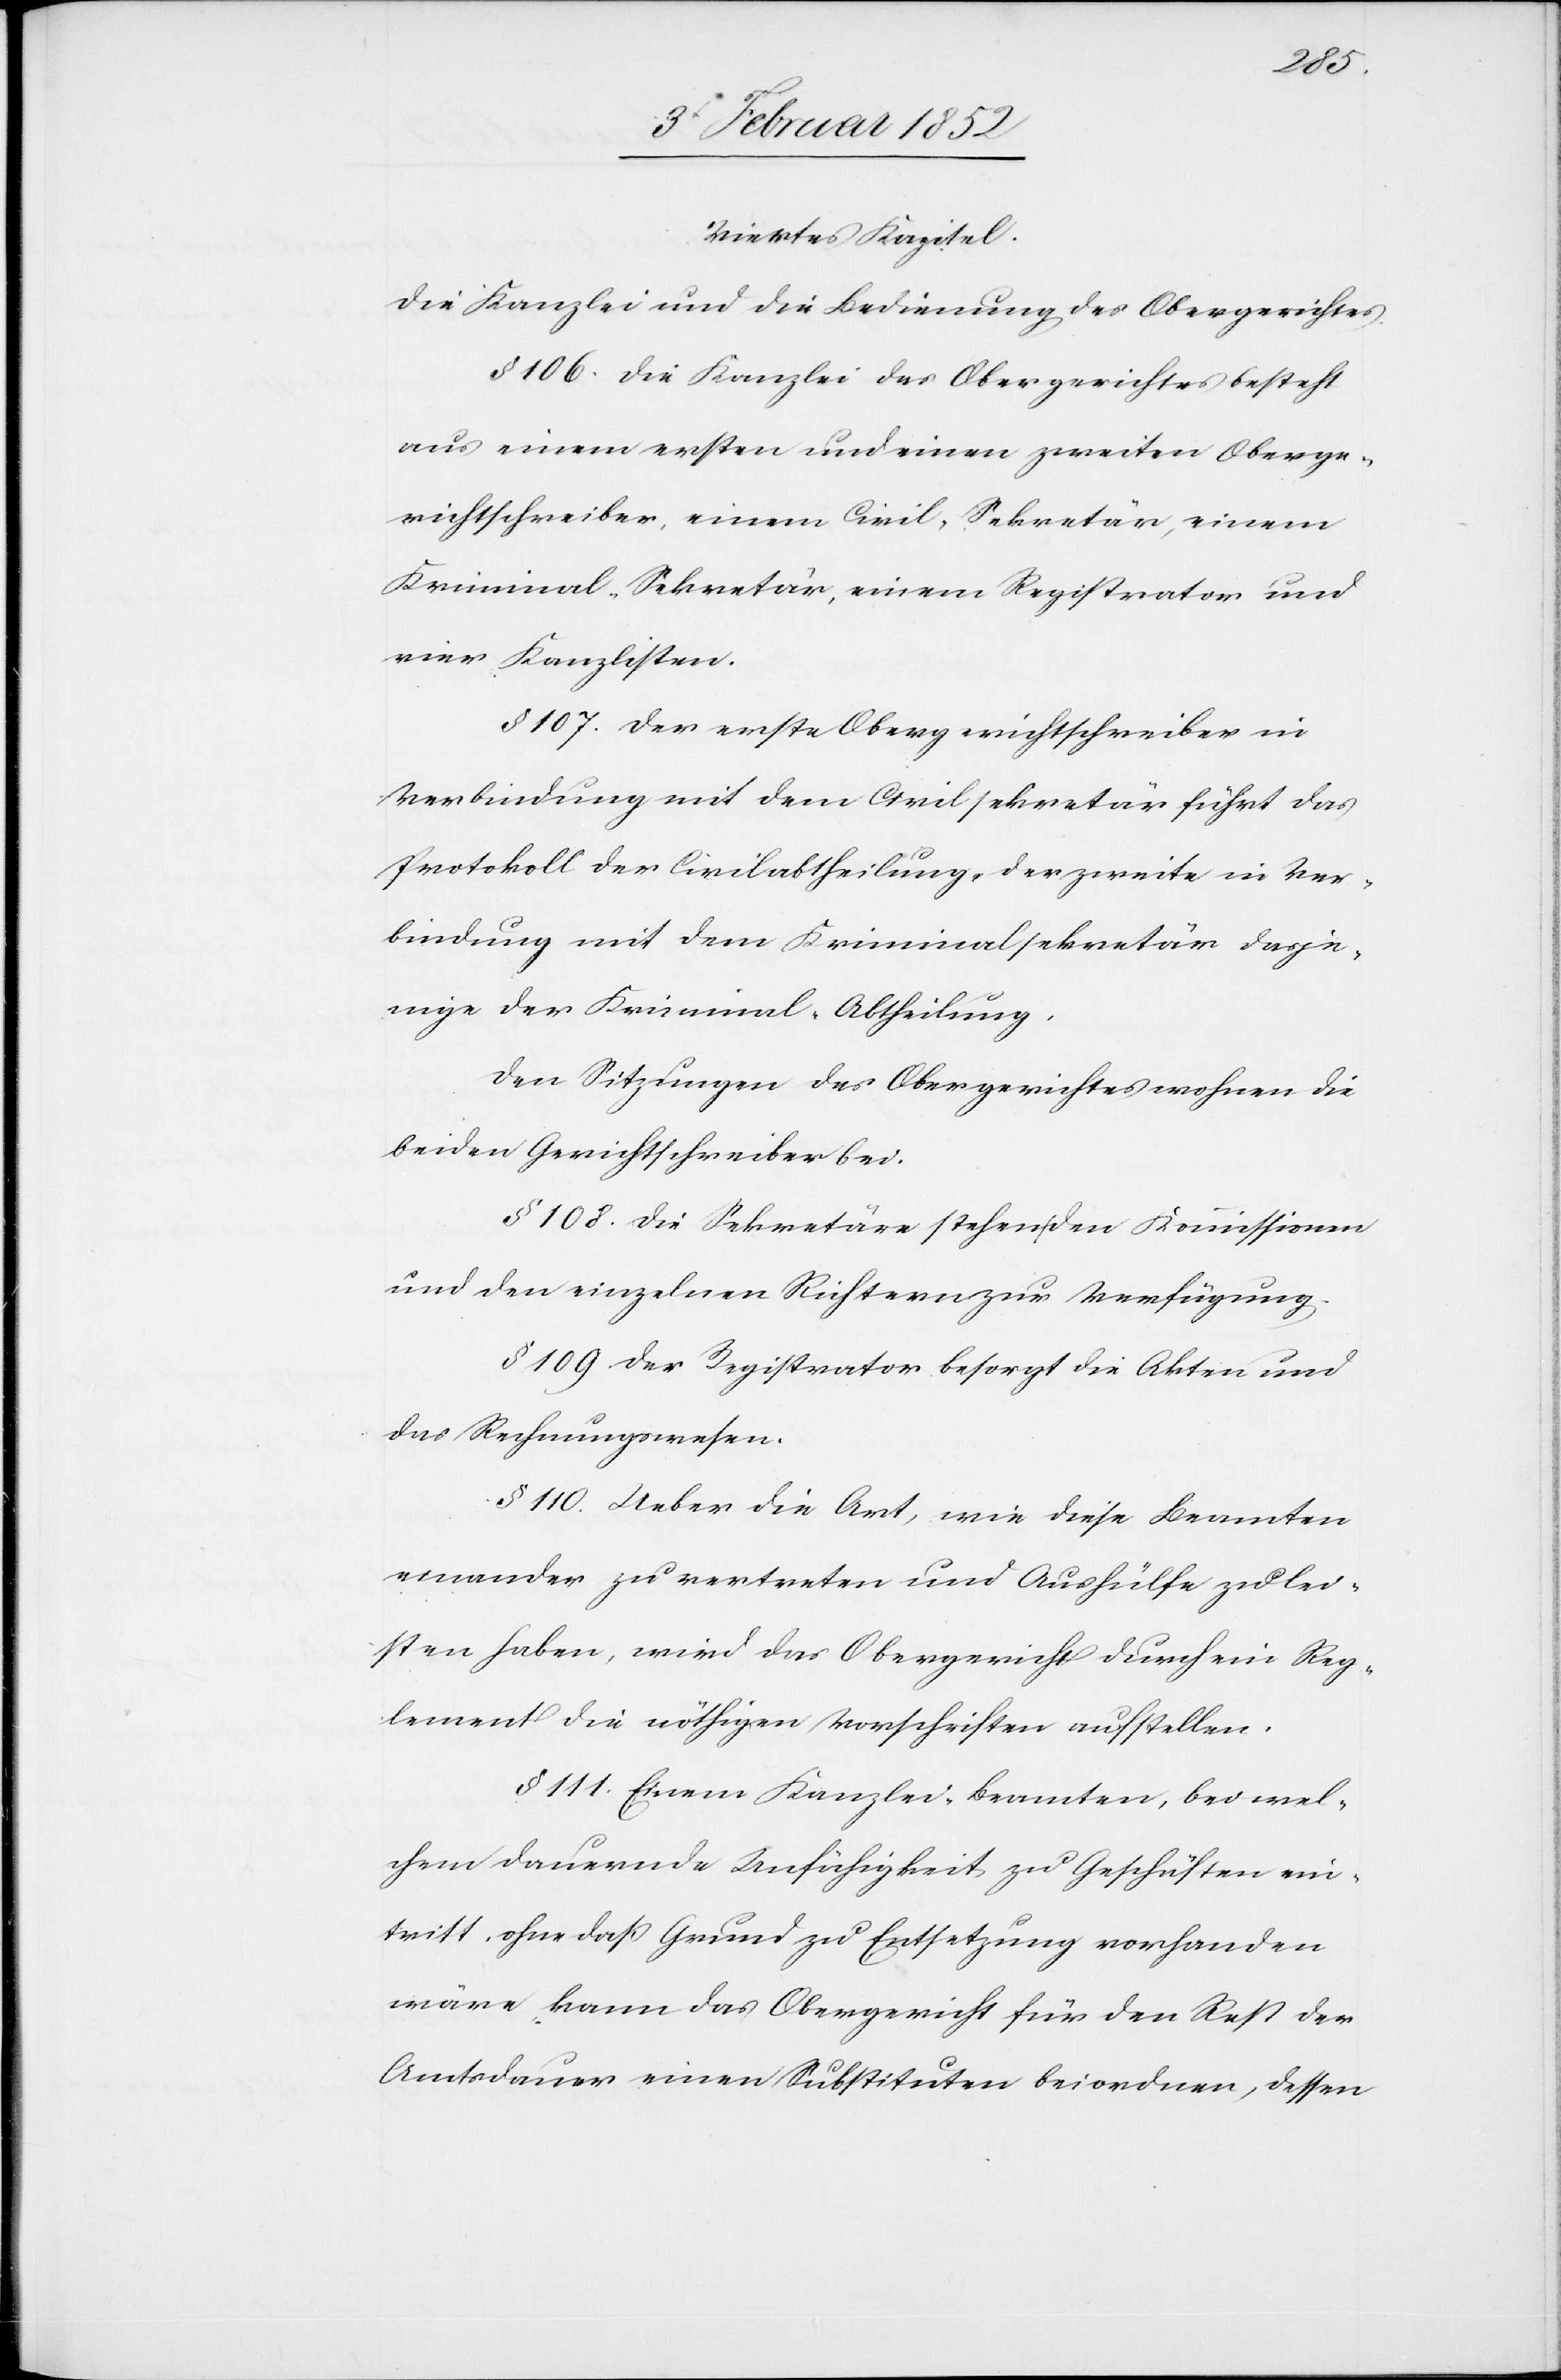
Viertes Kapitel.
Die Kanzlei und die Bedienung des Obergerichtes.
§ 106. Die Kanzlei des Obergerichtes besteht
aus einem ersten und einem zweiten Oberge¬
richtschreiber, einem Civil-Sekretär, einem
Kriminal-Sekretär, einem Registrator und
vier Kanzlisten.
§ 107. Der erste Obergerichtschreiber in
Verbindung mit dem Civilsekretär führt das
Protokoll der Civilabtheilung, der zweite in Ver¬
bindung mit dem Kriminalsekretär dasje¬
nige der Kriminal-Abtheilung.
Den Sitzungen des Obergerichtes wohnen die
beiden Gerichtschreiber bei.
§ 108. Die Sekretäre stehen den Kommissionen
und den einzelnen Richtern zur Verfügung.
§ 109. Der Registrator besorgt die Akten und
das Rechnungswesen.
§ 110. Ueber die Art, wie diese Beamten
einander zu vertreten und Aushülfe zu lei¬
sten haben, wird das Obergericht durch ein Reg¬
lement die nöthigen Vorschriften aufstellen.
§ 111. Einem Kanzleibeamten, bei wel¬
chem dauernde Unfähigkeit zu Geschäften ein¬
tritt, ohne daß Grund zu Entsetzung vorhanden
wäre, kann das Obergericht für den Rest der
Amtsdauer einen Substituten beiordnen, dessen